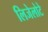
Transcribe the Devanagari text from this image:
लिजेलोटे